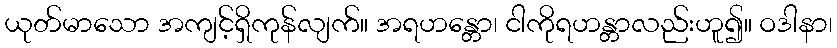
ယုတ်မာသော အကျင့်ရှိကုန်လျက်။ အရဟန္တော၊ ငါကိုရဟန္တာလည်းဟူ၍။ ဝဒါနာ၊